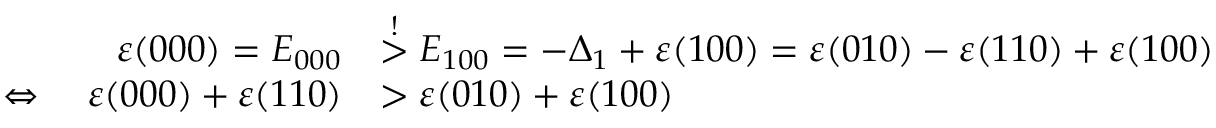
\begin{array} { r l } { \varepsilon ( 0 0 0 ) = E _ { 0 0 0 } } & { \stackrel { ! } { > } E _ { 1 0 0 } = - \Delta _ { 1 } + \varepsilon ( 1 0 0 ) = \varepsilon ( 0 1 0 ) - \varepsilon ( 1 1 0 ) + \varepsilon ( 1 0 0 ) } \\ { \Leftrightarrow \quad \varepsilon ( 0 0 0 ) + \varepsilon ( 1 1 0 ) } & { > \varepsilon ( 0 1 0 ) + \varepsilon ( 1 0 0 ) } \end{array}